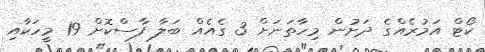
ކޯޓް އަމުރެއްގެ ދަށުން މިހާތަނަށް 3 ގެެއެއް ބަލާ ފާސްކޮށް 19 މީހަކާއި